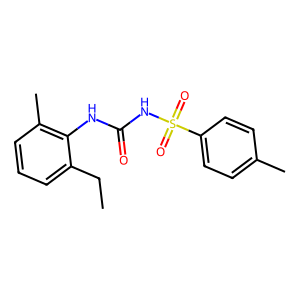
SMILES: CCc1cccc(C)c1NC(=O)NS(=O)(=O)c1ccc(C)cc1
Inhibits HIV replication: No